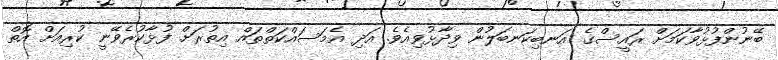
ބޭނުންފުޅުވާކަމަށް ރައީސްގެ އަނބިކަނބަލުން ވިދާޅުވިއެވެ. އަދި އެމަސައްކަތްތައް އިތުރަށް ފުޅާކުރެވޭނީ ކުރިއަށް އޮތް